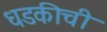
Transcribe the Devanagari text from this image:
धडकीची